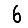
Digit: 6